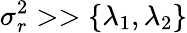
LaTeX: \sigma_{r}^{2}>>\{ \lambda_{1},\lambda_{2}\}